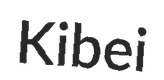
Kibei